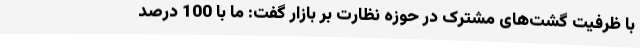
با ظرفیت گشت‌های مشترک در حوزه نظارت بر بازار گفت: ما با 100 درصد